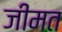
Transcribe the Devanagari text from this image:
जीमत